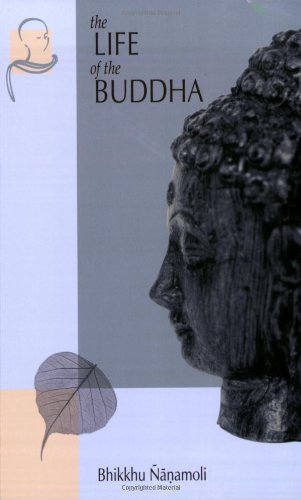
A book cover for The Life of the Buddha: According to the Pali Canon; Bhikkhu ÃEanamoli; Religion & Spirituality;